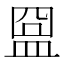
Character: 𥁰